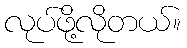
လုပ်ဖို့လိုတယ်။